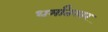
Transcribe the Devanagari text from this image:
धर्मांतरवर